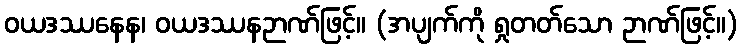
ဝယဒဿနေန၊ ဝယဒဿနဉာဏ်ဖြင့်။ (အပျက်ကို ရှုတတ်သော ဉာဏ်ဖြင့်။)